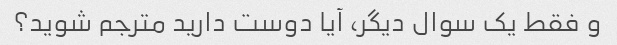
و فقط یک سوال دیگر، آیا دوست دارید مترجم شوید؟